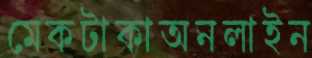
মেকটাকাঅনলাইন